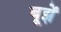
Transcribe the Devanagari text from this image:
बूझें